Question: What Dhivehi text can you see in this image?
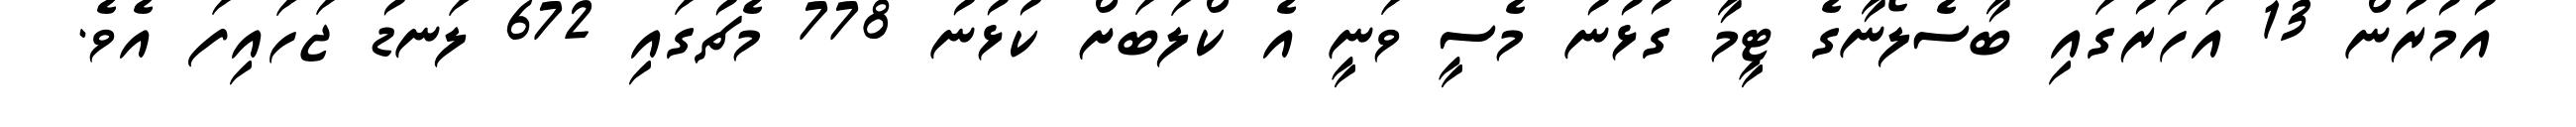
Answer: އުމުރުން 13 އަހަރުގައި ބާސެލޯނާގެ ޓީމާ ގުޅުނު މެސީ ވަނީ އެ ކްލަބަށް ކުޅުނު 778 މެޗުގައި 672 ލަނޑު ޖަހައިފަ އެވެ.